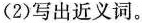
(2)写出近义词。